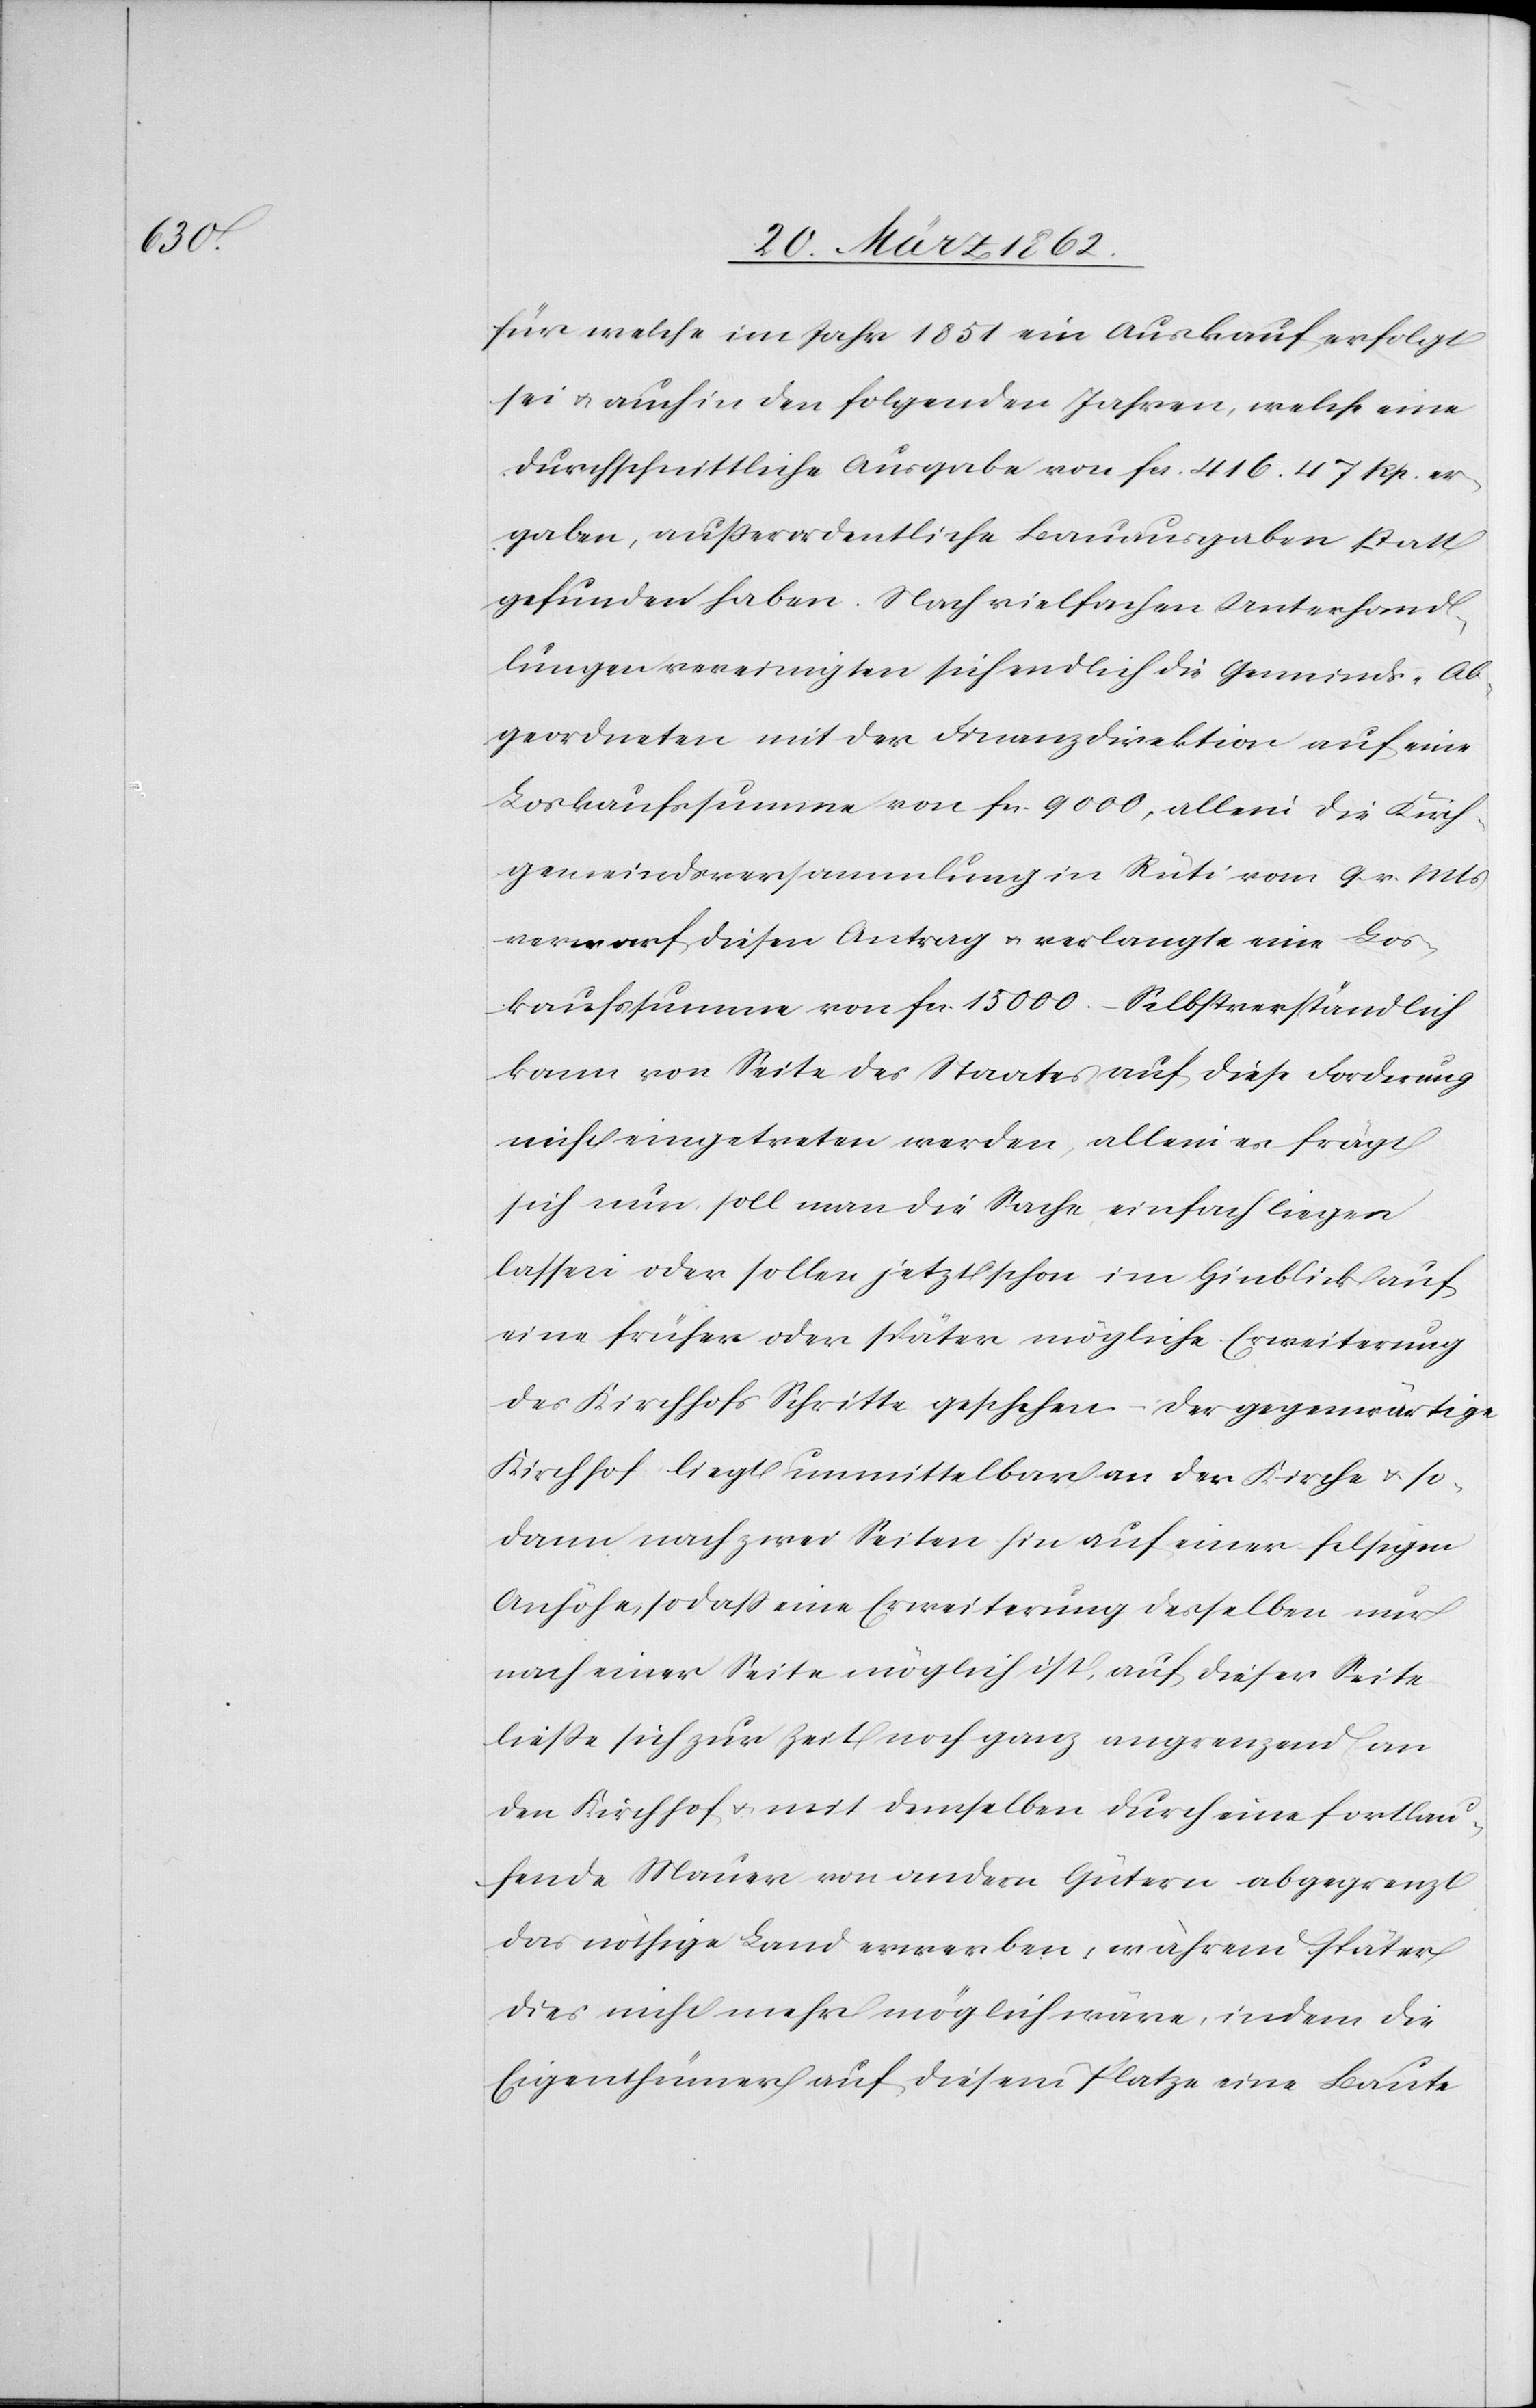
für welche im Jahr 1851 ein Auskauf erfolgt
sei u. auch in den folgenden Jahren, welche eine
durchschnittliche Ausgabe von fcs. 416.47 Rp. er¬
gaben, außerordentliche Bauausgaben statt
gefunden haben. Nach vielfachen Unterhand¬
lungen vereinigten sich endlich die Gemeinds-Ab¬
geordneten mit der Finanzdirektion auf eine
Loskaufssumme von fcs. 9000, allein die Kirch¬
gemeindsversammlung in Rüti vom 9. v. Mts
verwarf diesen Antrag u. verlangte eine Los¬
kaufssumme von fcs. 15 000.– Selbstverständlich
kann von Seite des Staates auf diese Forderung
nicht eingetreten werden, allein es frägt
sich nur, soll man die Sache einfach liegen
lassen oder sollen jetzt schon im Hinblick auf
eine früher oder später mögliche Erweiterung
des Kirchhofs Schritte geschehen – der gegenwärtige
Kirchhof liegt unmittelbar an der Kirche u. so¬
dann nach zwei Seiten hin auf einer felsigen
Anhöhe, sodaß eine Erweiterung desselben nur
nach einer Seite möglich ist, auf dieser Seite
ließe sich zur Zeit noch ganz angrenzend an
den Kirchhof u. mit demselben durch eine fortlau¬
fende Mauer von andern Gütern abgegrenzt
das nöthige Land erwerben, während später
dies nicht mehr möglich wäre, indem die
Eigenthümer auf diesem Platze eine Baute